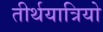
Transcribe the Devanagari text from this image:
तीर्थयात्रियो